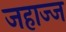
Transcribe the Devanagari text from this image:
जहाज्ज